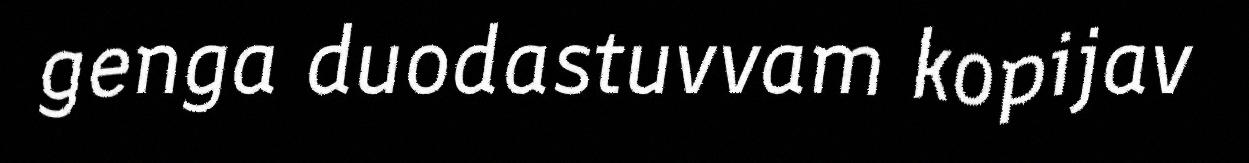
genga duodastuvvam kopijav